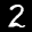
Label: 2